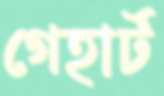
গেহার্ট